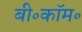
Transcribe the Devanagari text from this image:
बी॰कॉम॰